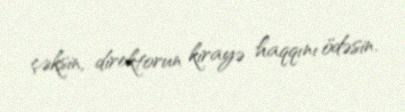
çəksin, direktorun kirayə haqqını ödəsin.